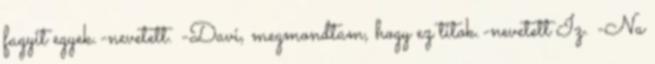
fagyit egyek.-nevetett. -Davi, megmondtam, hogy ez titok.-nevetett Iz. -Na